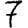
Digit: 7